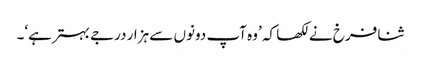
ثنا فرخ نے لکھا کہ ’وہ آپ دونوں سے ہزار درجے بہترہے‘۔